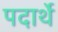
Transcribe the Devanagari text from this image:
पदार्थे